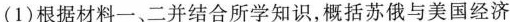
(1)根据材料一、二并结合所学知识，概括苏俄与美国经济